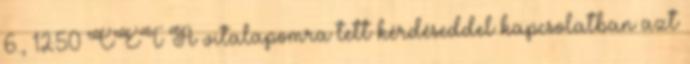
6., 12:50 CET A vitalapomra tett kérdéseddel kapcsolatban azt